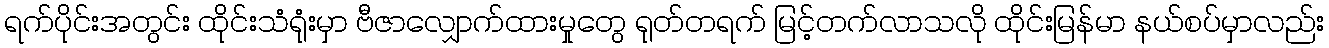
ရက်ပိုင်းအတွင်း ထိုင်းသံရုံးမှာ ဗီဇာလျှောက်ထားမှုတွေ ရုတ်တရက် မြင့်တက်လာသလို ထိုင်းမြန်မာ နယ်စပ်မှာလည်း